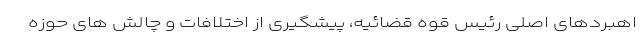
اهبردهای اصلی رئیس قوه قضائیه، پیشگیری از اختلافات و چالش های حوزه